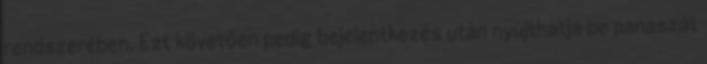
rendszerében. Ezt követően pedig bejelentkezés után nyújthatja be panaszát